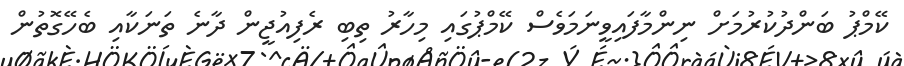
ކޭމްޕު ބަންދުކުރުމަށް ނިންމާފައިވީނަމަވެސް ކޭމްޕުގައި މިހާރު ތިބި ރެފިއުޖީން ދާނެ ތަނަކާއި ބެހޭގޮތުން